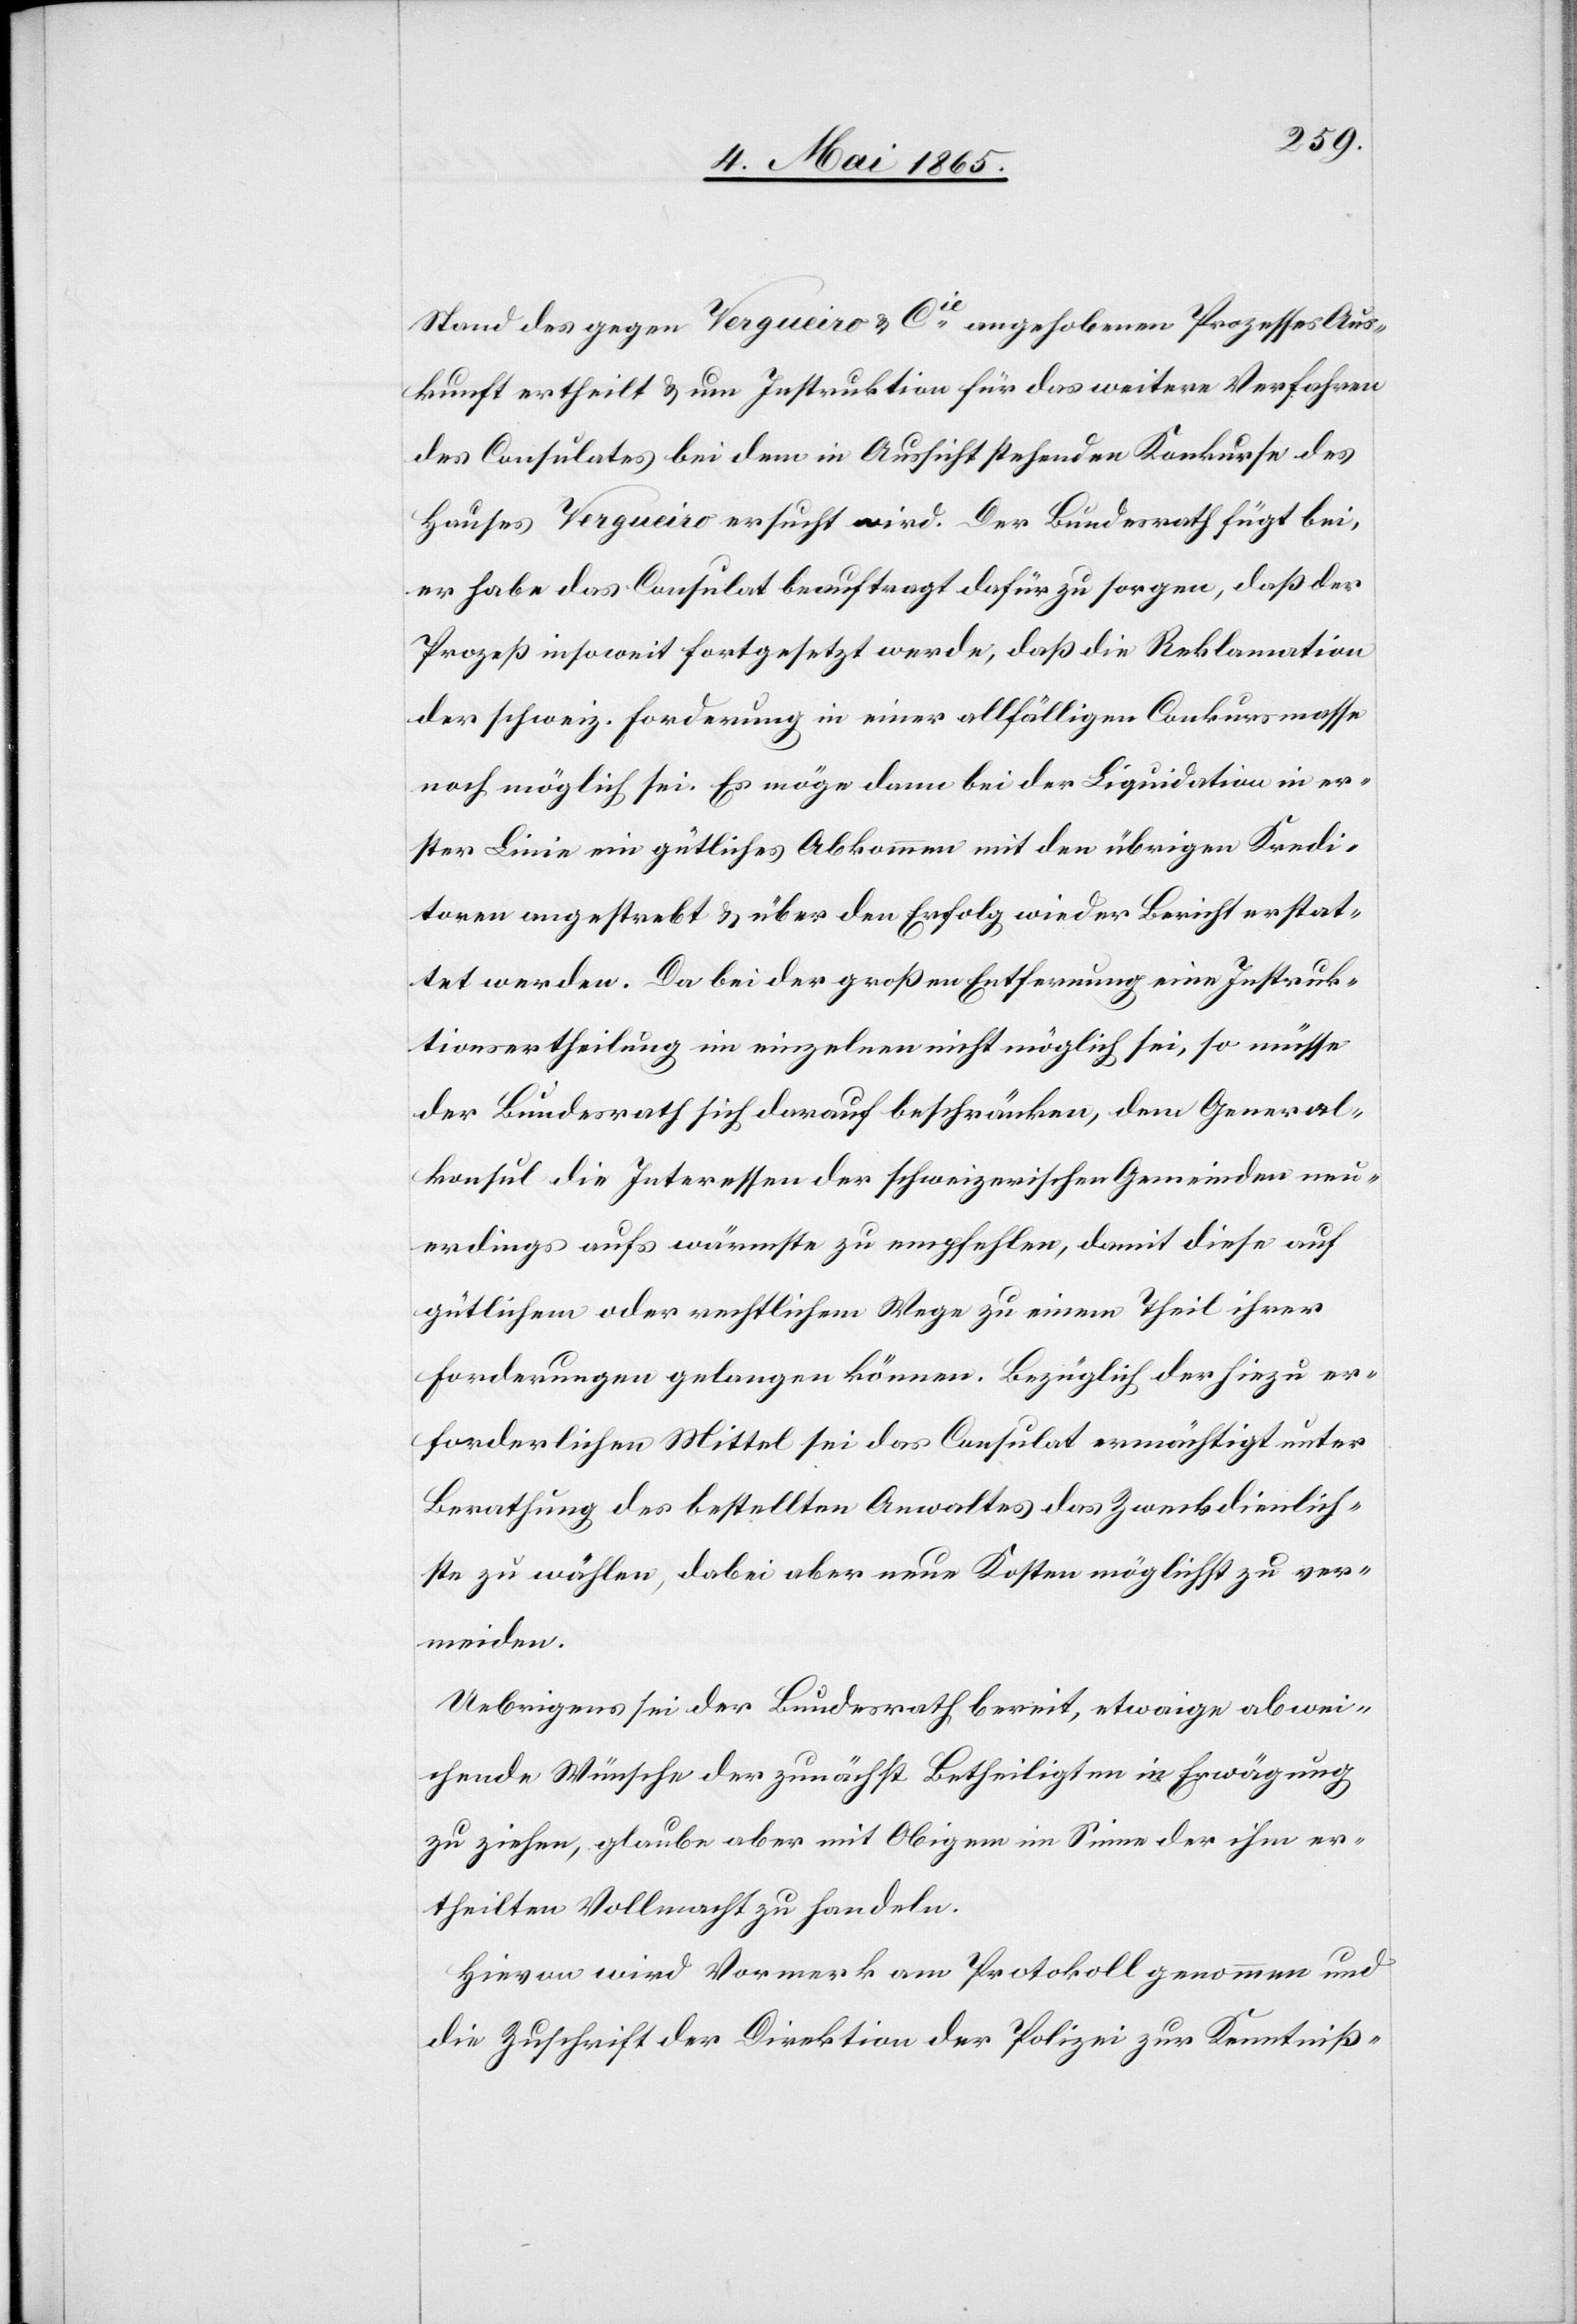
Stand des gegen Vergueiro & Cie angehobenen Prozesses Aus¬
kunft ertheilt & um Instruktion für das weitere Verfahren
des Consulates bei dem in Aussicht stehenden Konkurse des
Hauses Vergueiro ersucht wird. Der Bundesrath fügt bei,
er habe das Consulat beauftragt dafür zu sorgen, daß der
Prozeß insoweit fortgesetzt werde, daß die Reklamation
der schweiz. Forderung in einer allfälligen Conkursmasse
noch möglich sei. Es möge dann bei der Liquidation in er¬
ster Linie ein gütliches Abkommen mit den übrigen Kredi¬
toren angestrebt & über den Erfolg wieder Bericht erstat¬
tet werden. Da bei der großen Entfernung eine Instruk¬
tionsertheilung im einzelnen nicht möglich sei, so müsse
der Bundesrath sich darauf beschränken, dem General¬
konsul die Interessen der schweizerischen Gemeinden neu¬
erdings aufs wärmste zu empfehlen, damit diese auf
gütlichem oder rechtlichem Wege zu einem Theil ihrer
Forderungen gelangen können. Bezüglich der hiezu er¬
forderlichen Mittel sei das Consulat ermächtigt unter
Berathung des bestellten Anwaltes das Zweckdienlich¬
ste zu wählen, dabei aber neue Kosten möglichst zu ver¬
meiden.
Uebrigens sei der Bundesrath bereit, etwaige abwei¬
chende Wünsche der zunächst Betheiligten in Erwägung
zu ziehen, glaube aber mit Obigem im Sinne der ihm er¬
theilten Vollmacht zu handeln.
Hievon wird Vormerk am Protokoll genommen und
die Zuschrift der Direktion der Polizei zur Kenntniß-